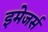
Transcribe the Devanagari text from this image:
इमेजर्स